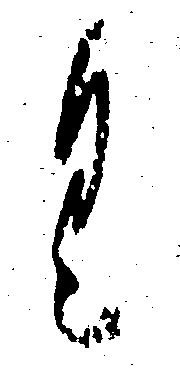
く